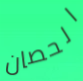
الحصان